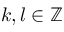
k , l \in \ensuremath { \mathbb { Z } }